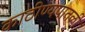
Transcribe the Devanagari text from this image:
काठीण्यपातळी